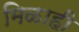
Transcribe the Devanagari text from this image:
मिळाही